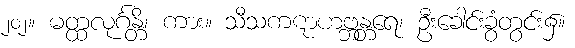
၂၀၂။ မတ္ထလုင်္ဂန္တိ၊ ကား။ သီသကဋာဟဗ္ဘန္တရေ၊ ဦးခေါင်းခွံတွင်း၌။